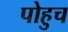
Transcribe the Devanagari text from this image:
पोहुच